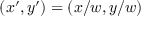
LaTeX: ( x ^ { \prime } , y ^ { \prime } ) = ( x / w , y / w )